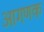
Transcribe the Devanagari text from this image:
आगणक